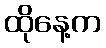
ထိုနေ့က